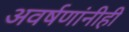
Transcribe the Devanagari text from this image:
अवर्षणांनीही